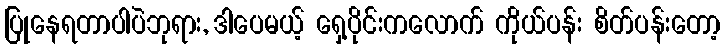
ပြုနေရတာပါပဲဘုရား, ဒါပေမယ့် ရှေ့ပိုင်းကလောက် ကိုယ်ပန်း စိတ်ပန်းတော့